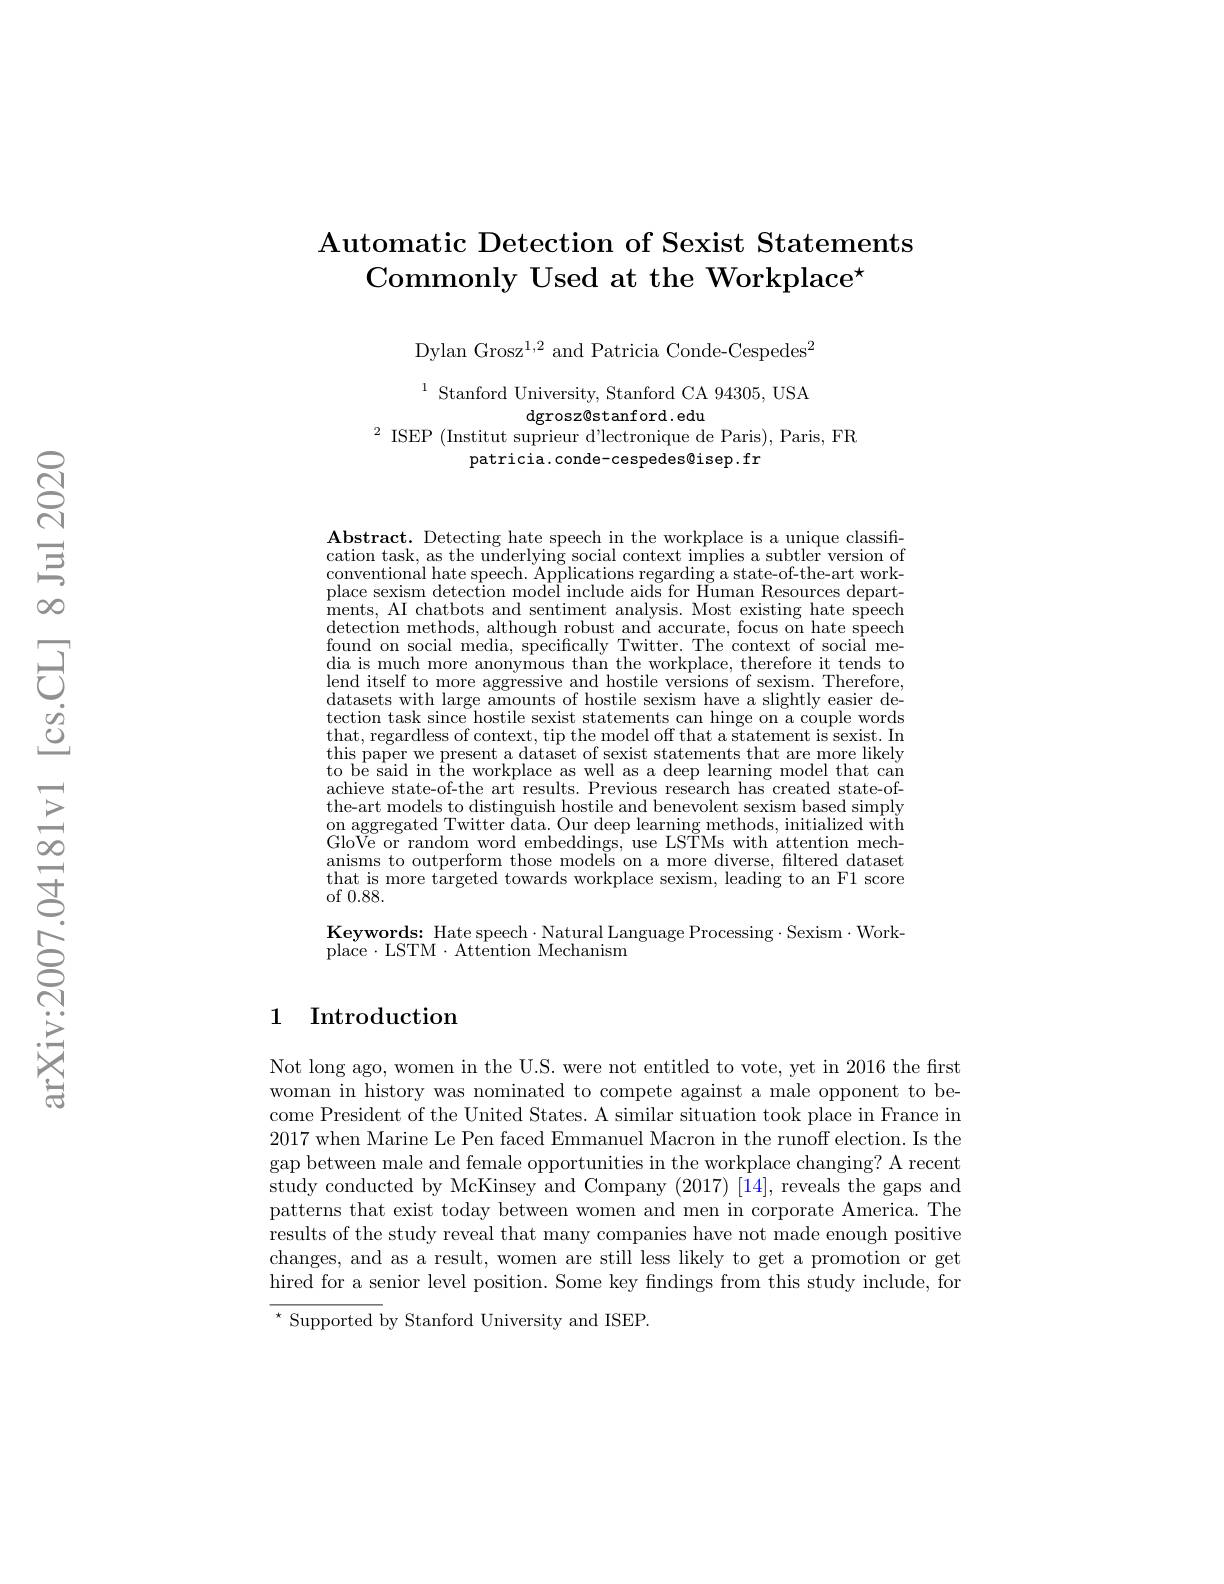
## $\textbf{Automatic Detection of Sexist Statements}$ Commonly Used at the Workplace$^\star$

Dylan Grosz$^1,2$ and Patricia Conde-Cespedes$^2$

$^{1}$ Stanford University, Stanford CA 94305, USA
$\operatorname{dgrosz@stanford.edu}$
$^{2}$ ISEP (Institut suprieur d'lectronique de Paris), Paris, FR
patricia.conde-cespedes@isep.fr

$\mathbf{Abstract.~Detecting~hate~speech~in~the~workplace~is~a~unique~classifi-}$ cation task, as the underlying social context implies a subtler version of conventional hate speech. Applications regarding a state-of-the-art workplace sexism detection model include aids for Human Resources depart- iments, AI chatbots and sentiment analysis. Most existing hate speech detection methods, although robust and accurate, focus on hate speech found on social media, specifically Twitter. The context of social media is much more anonymous than the workplace, therefore it tends to lend itself to more aggressive and hostile versions of sexism. Therefore, datasets with large amounts of hostile sexism have a slightly easier detection task since hostile sexist statements can hinge on a couple words that, regardless of context, tip the model off that a statement is sexist. In this paper we present a dataset of sexist statements that are more likely to be said in fhe workplace as well as a deep learning model that can achieve state-of-the art results. Previous research has created state-ofthe-art models to distinguish hostile and benevolent sexism based simply $\begin{array}{c}\mathrm{on~aggregated~Twitter~data.~Our~deep~learning~methods,~initialized~with}\\\mathrm{Cl~ver~}\end{array}$ GloVe or random word embeddings, use LSTMs with attention mechanisms to outperform those models on a more diverse, filtered dataset that is more targeted towards workplace sexism, leading to an F1 score of0.88.

Keywords: Hate speech$\cdot$Natural Language Processing$\cdot$Sexism$\cdot$Work-
place$\cdot$LSTM$\cdot$Attention Mechanism

## 1 Introduction

Not long ago, women in the U.S. were not entitled to vote, yet in 2016 the first woman in history was nominated to compete against a male opponent to become President of the United States. A similar situation took place in France in 2017 when Marine Le Pen faced Emmanuel Macron in the runoff election. Is the gap between male and female opportunities in the workplace changing? A recent study conducted by McKinsey and Company (2017) [14], reveals the gaps and patterns that exist today between women and men in corporate America. The results of the study reveal that many companies have not made enough positive changes, and as a result, women are still less likely to get a promotion or get hired for a senior level position. Some key findings from this study include, for $^{\star}$ Supported by Stanford University and ISEP.